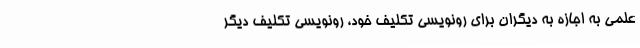
علمی به اجازه به دیگران برای رونویسی تکلیف خود، رونویسی تکلیف دیگر